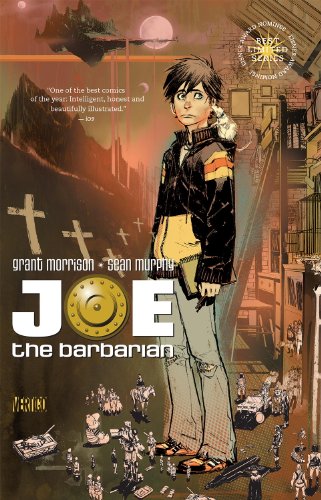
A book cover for Joe the Barbarian; Grant Morrison; Comics & Graphic Novels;